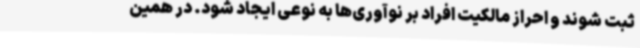
ثبت شوند و احراز مالکیت افراد بر نوآوری‌ها به نوعی ایجاد شود. در همین